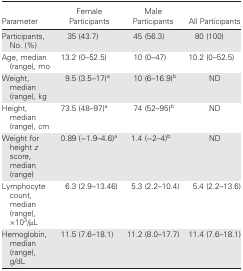
| Parameter | Female Participants | Male Participants | All Participants |
 | --- | --- | --- | --- |
 | Participants, No. (%) | 35 (43.7) | 45 (56.3) | 80 (100) |
 | Age, median (range), mo | 13.2 (0–52.5) | 10 (0–47) | 10.2 (0–52.5) |
 | Weight, median (range), kg | 9.5 (3.5–17)a | 10 (6–16.9)b | ND |
 | Height, median (range), cm | 73.5 (48–97)a | 74 (52–95)b | ND |
 | Weight for height z score, median (range) | 0.89 (−1.9–4.6)a | 1.4 (−2–4)b | ND |
 | Lymphocyte count, median (range), ×103/μL | 6.3 (2.9–13.46) | 5.3 (2.2–10.4) | 5.4 (2.2–13.6) |
 | Hemoglobin, median (range), g/dL | 11.5 (7.6–18.1) | 11.2 (8.0–17.7) | 11.4 (7.6–18.1) |